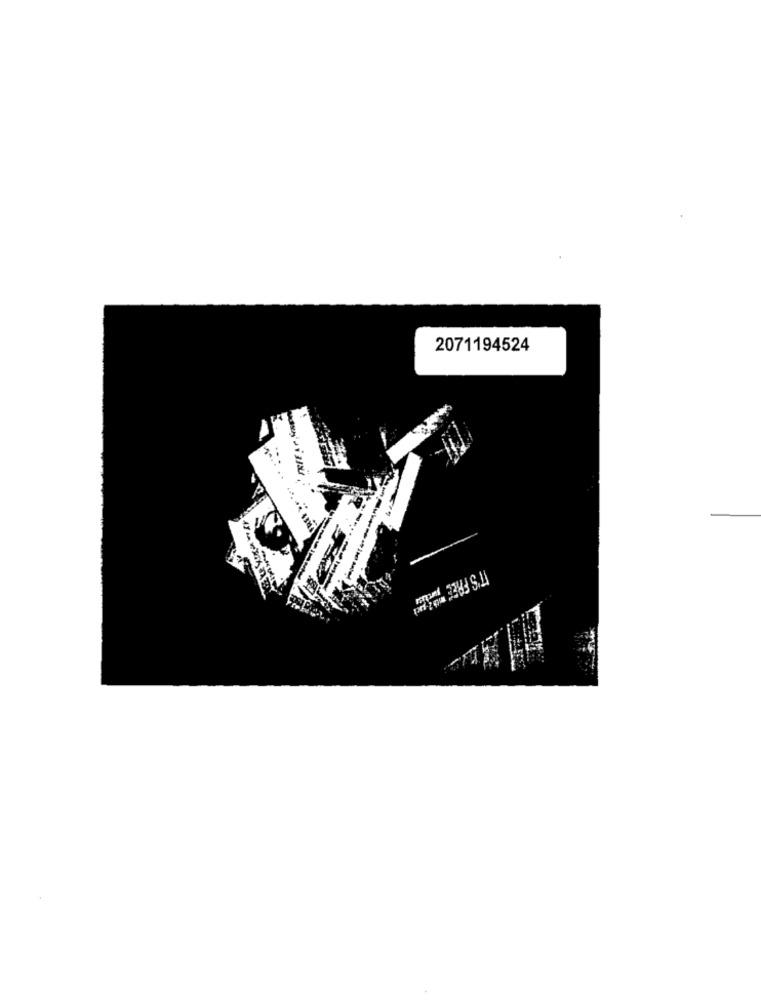
2071194524
IT'S Fries porus